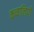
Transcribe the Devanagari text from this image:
कव्वालियाँ